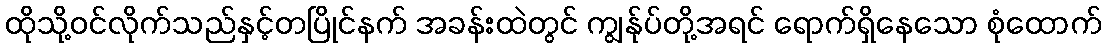
ထိုသို့ဝင်လိုက်သည်နှင့်တပြိုင်နက် အခန်းထဲတွင် ကျွန်ုပ်တို့အရင် ရောက်ရှိနေသော စုံထောက်